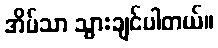
အိမ်သာ သွားချင်ပါတယ်။